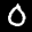
Label: 0